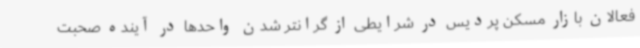
فعالان بازار مسکن پردیس در شرایطی از گرانتر شدن واحدها در آینده صحبت